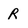
Character: R